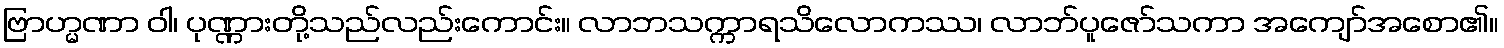
ဗြာဟ္မဏာ ဝါ၊ ပုဏ္ဏားတို့သည်လည်းကောင်း။ လာဘသက္ကာရသိလောကဿ၊ လာဘ်ပူဇော်သကာ အကျော်အစော၏။